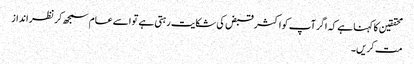
محققین کا کہنا ہے کہ اگر آپ کو اکثر قبض کی شکایت رہتی ہے تو اسے عام سمجھ کر نظر انداز
مت کریں۔